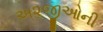
અ૨જીઓની